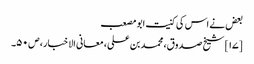
بعض نے اس کی کنیت ابو مصعب
[۱۷] شیخ صدوق، محمد بن علی، معانی الاخبار، ص ۵۰۔